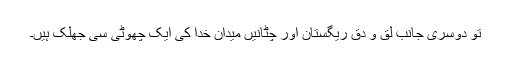
تو دوسری جانب لق و دق ریگستان اور چٹانیں میدان خدا کی ایک چھوٹی سی جھلک ہیں۔